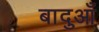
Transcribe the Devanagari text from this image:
बादुआँ